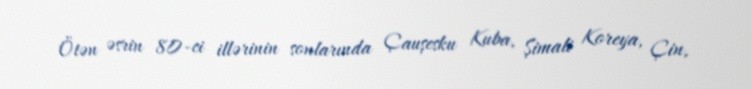
Ötən əsrin 80-ci illərinin sonlarında Çauşesku Kuba, Şimali Koreya, Çin,